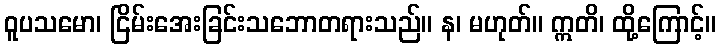
ဝူပသမော၊ ငြိမ်းအေးခြင်းသဘောတရားသည်။ န၊ မဟုတ်။ ဣတိ၊ ထို့ကြောင့်။